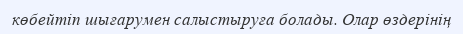
көбейтіп шығарумен салыстыруға болады. Олар өздерінің